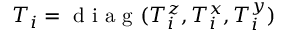
\boldsymbol { T _ { i } } = \mathrm { ~ d ~ i ~ a ~ g ~ } ( T _ { i } ^ { z } , T _ { i } ^ { x } , T _ { i } ^ { y } )